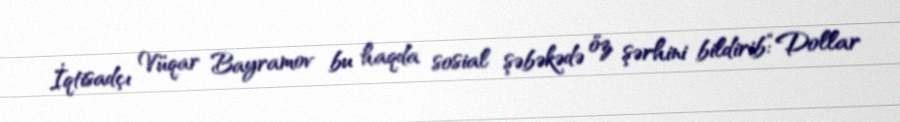
İqtisadçı Vüqar Bayramov bu haqda sosial şəbəkədə öz şərhini bildirib:“Dollar